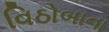
વિઠોબાના